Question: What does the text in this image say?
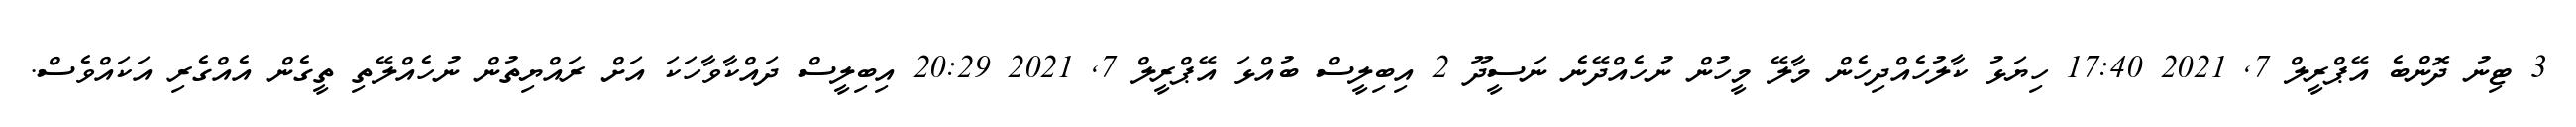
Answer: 3 ޓިނު ދޮންބެ އޭޕްރީލް 7, 2021 17:40 ހިޔަޅު ކާލުހެއްދިހެން މާލޭ މީހުން ނުހެއްދޭނެ ނަސީދޫ 2 އިބިލީސް ބުއްޅަ އޭޕްރީލް 7, 2021 20:29 އިބިލީސް ދައްކާވާހަކަ އަށް ރައްޔިތުން ނުހެއްލޭތި ތީގެން އެއްގެރި އަކައްވެސް.